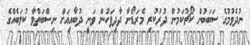
ނުދެވުމުގެ ސަބަބުން ކޯޗުކަމުން ދުރުކުރި މެރަޑޯނާ ދާދިފަހުން ވަނީ ދުބާއީއަށް ނިސްބަތްވާ ކުލަބެއްގެ